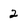
Character: 2